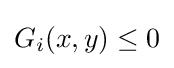
G_{i}(x,y)\leq 0